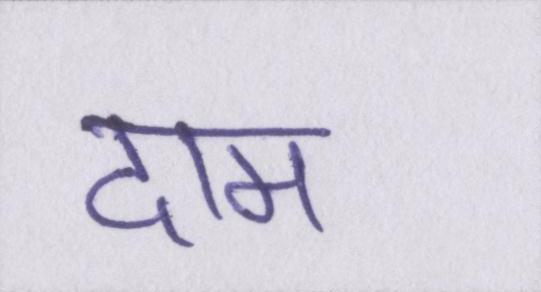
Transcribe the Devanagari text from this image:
दाम